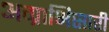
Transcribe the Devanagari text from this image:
अग्राभिसारी